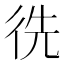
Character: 𢓠